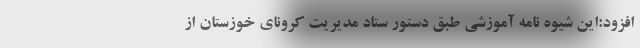
افزود:این شیوه نامه آموزشی طبق دستور ستاد مدیریت کرونای خوزستان از